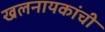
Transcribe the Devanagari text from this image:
खलनायकांची